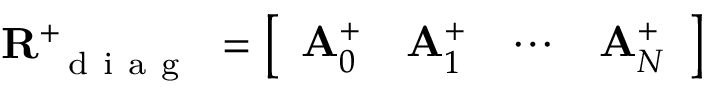
\mathbf { R } _ { \mathrm { ~ { ~ d ~ i ~ a ~ g ~ } ~ } } ^ { + } = \left[ \begin{array} { l l l l } { \mathbf { A } _ { 0 } ^ { + } } & { \mathbf { A } _ { 1 } ^ { + } } & { \cdots } & { \mathbf { A } _ { N } ^ { + } } \end{array} \right]